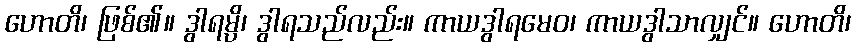
ဟောတိ၊ ဖြစ်၏။ ဒွါရမ္ပိ၊ ဒွါရသည်လည်း။ ကာယဒွါရမေဝ၊ ကာယဒွါသာလျှင်။ ဟောတိ၊